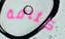
كثافة